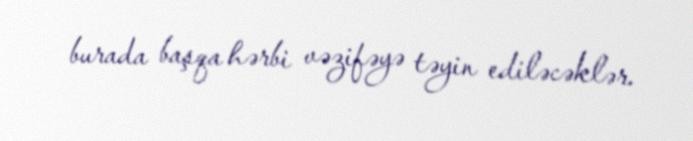
burada başqa hərbi vəzifəyə təyin ediləcəklər.